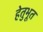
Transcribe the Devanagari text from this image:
हेतुभूत